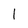
Character: l